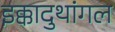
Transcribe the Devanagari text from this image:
इक्कादुथांगल